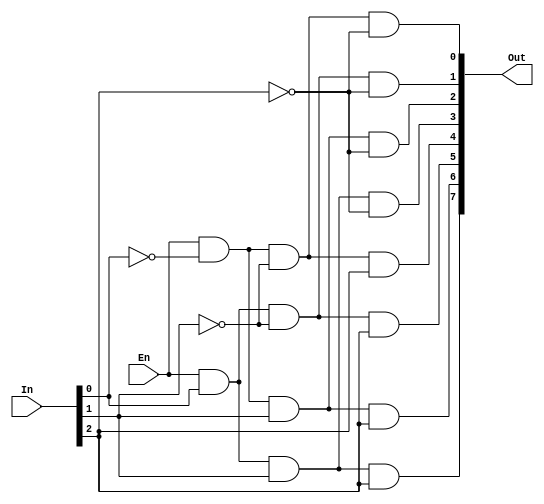
module ttl7442(Out, In, En);
    output [7:0] Out;
    input [2:0] In;
    input En;

    // ON 74LS42, simplified
    assign #(0:20:30) Out[0] = En & !In[0] & !In[1] & !In[2];
    assign #(0:20:30) Out[1] = En &  In[0] & !In[1] & !In[2];
    assign #(0:20:30) Out[2] = En & !In[0] &  In[1] & !In[2];
    assign #(0:20:30) Out[3] = En &  In[0] &  In[1] & !In[2];
    assign #(0:20:30) Out[4] = En & !In[0] & !In[1] &  In[2];
    assign #(0:20:30) Out[5] = En &  In[0] & !In[1] &  In[2];
    assign #(0:20:30) Out[6] = En & !In[0] &  In[1] &  In[2];
    assign #(0:20:30) Out[7] = En &  In[0] &  In[1] &  In[2];
endmodule